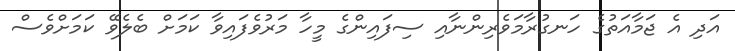
އަދި އެ ޖަމާއަތުގެ ހަނގުރާމަވެރިންނާއި ސިފައިންގެ މީހާ މަރުވެފައިވާ ކަމަށް ބެލެވޭ ކަމަށްވެސް